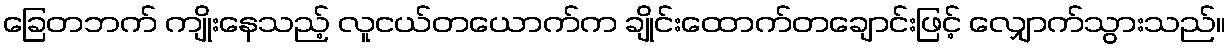
ခြေတဘက် ကျိုးနေသည့် လူငယ်တယောက်က ချိုင်းထောက်တချောင်းဖြင့် လျှောက်သွားသည်။